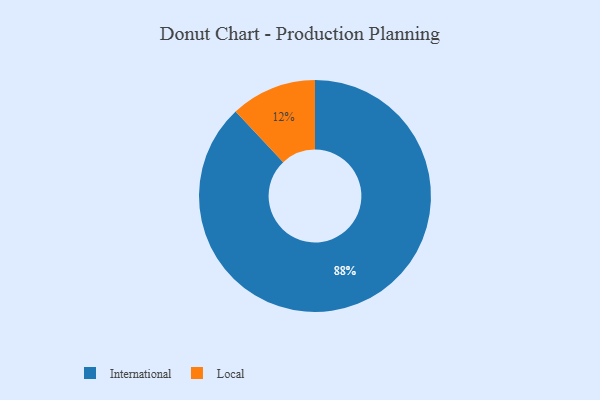
{"axis": {"x": "Category", "y": "Percentage"}, "legend": ["International", "Local"], "data": [{"x": "International", "y": 88, "type": "International"}, {"x": "Local", "y": 12, "type": "Local"}]}